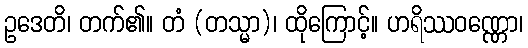
ဥဒေတိ၊ တက်၏။ တံ (တသ္မာ)၊ ထိုကြောင့်။ ဟရိဿဝဏ္ဏော၊